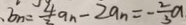
b _ { n } = \frac { 4 } { 2 } a _ { n } - 2 a _ { n } = \frac { 2 } { 3 } a